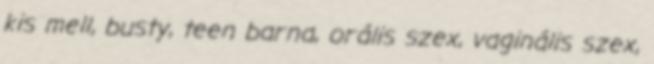
kis mell, busty, teen barna, orális szex, vaginális szex,